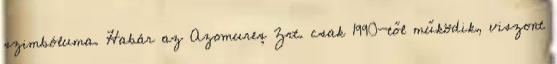
szimbóluma. Habár az Azomureș Zrt. csak 1990-től működik, viszont